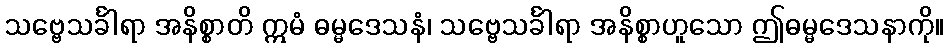
သဗ္ဗေသင်္ခါရာ အနိစ္စာတိ ဣမံ ဓမ္မဒေသနံ၊ သဗ္ဗေသင်္ခါရာ အနိစ္စာဟူသော ဤဓမ္မဒေသနာကို။